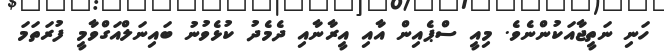
ހަނި ނަތީޖާއަކުންނެވެ. މިއީ ސްޕެއިން އާއި އީރާނާއި ދެމެދު ކުޅެވުނު ބައިނަލްއަގްވާމީ ފުރަތަމަ